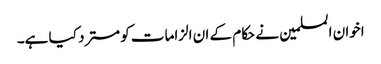
اخوان المسلمین نے حکام کے ان الزامات کو مسترد کیا ہے۔